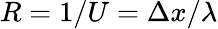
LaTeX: R=1/U=\Delta x/\lambda